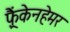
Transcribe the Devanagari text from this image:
फ़्रैंकेनहेमर